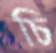
চি